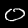
Digit: 0